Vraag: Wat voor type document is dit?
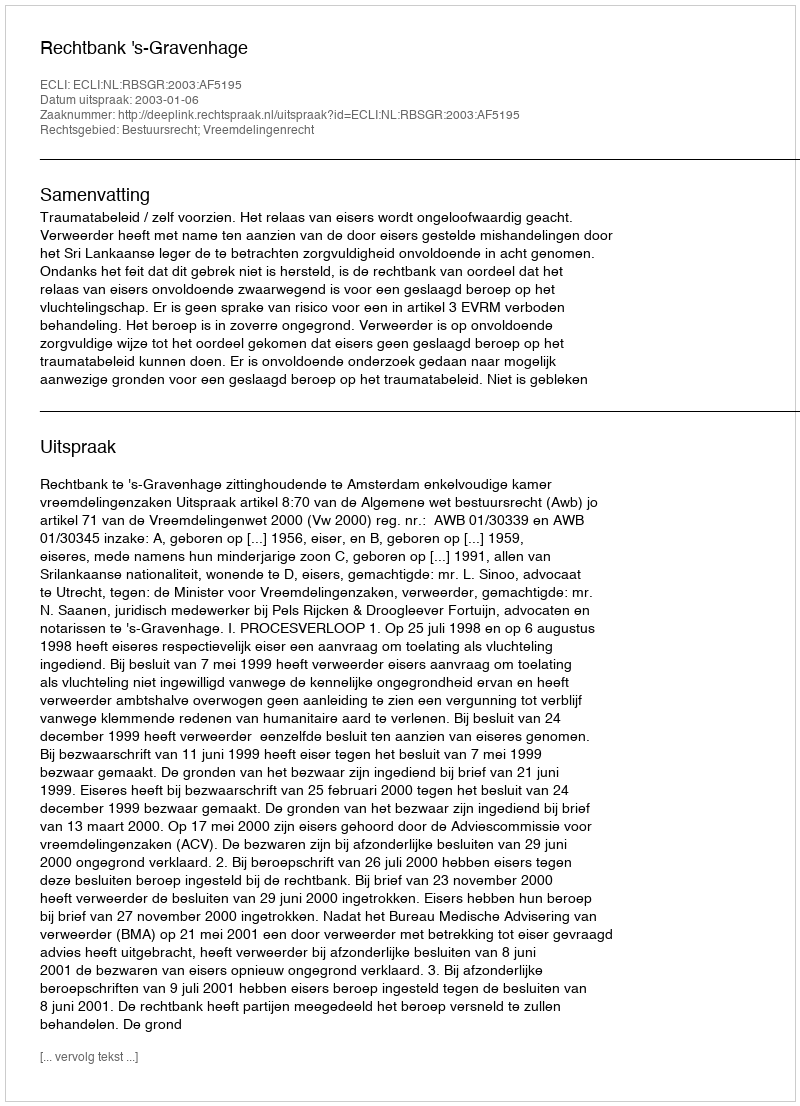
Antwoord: Uitspraak